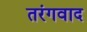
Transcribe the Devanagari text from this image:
तरंगवाद